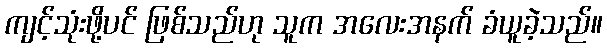
ကျင့်သုံးဖို့ပင် ဖြစ်သည်ဟု သူက အလေးအနက် ခံယူခဲ့သည်။